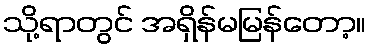
သို့ရာတွင် အရှိန်မမြန်တော့။